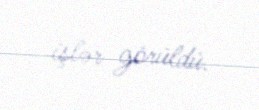
işlər görüldü.